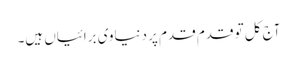
آج کل تو قدم قدم پر دنیاوی برائیاں ہیں۔